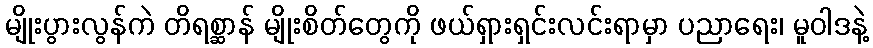
မျိုးပွားလွန်ကဲ တိရစ္ဆာန် မျိုးစိတ်တွေကို ဖယ်ရှားရှင်းလင်းရာမှာ ပညာရေး၊ မူဝါဒနဲ့